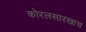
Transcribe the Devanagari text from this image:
कोरलसारखाच